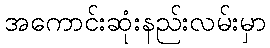
အကောင်းဆုံးနည်းလမ်းမှာ